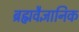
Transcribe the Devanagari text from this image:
ब्रह्मवैज्ञानिक